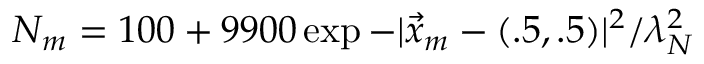
N _ { m } = 1 0 0 + 9 9 0 0 \exp { - | \vec { x } _ { m } - ( . 5 , . 5 ) | ^ { 2 } / \lambda _ { N } ^ { 2 } }